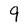
Character: 9